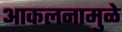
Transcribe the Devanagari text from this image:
आकलनामुळे